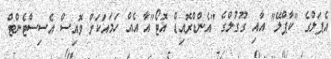
އެޕަލްގެ "ކާޕްލޭ" އާއި ގޫގުލްގެ "އެންޑްރޮއިޑް އޮޓޯ"އާ އެއް ހަމައަކަށް ވޮއިސް އެސިސްޓެންޓް